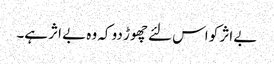
بے اثر کو اس لئے چھوڑ دو کہ وہ بے اثر ہے۔